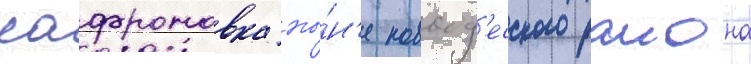
сафроновка ны́н'е новоод'есского раиона